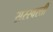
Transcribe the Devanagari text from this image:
सरस्वस्ती